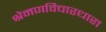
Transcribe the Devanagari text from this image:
श्रेमणविचारधारा